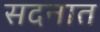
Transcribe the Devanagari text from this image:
सदनात